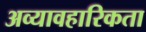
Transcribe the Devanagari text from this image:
अव्यावहारिकता